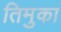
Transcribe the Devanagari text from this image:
तिमुका